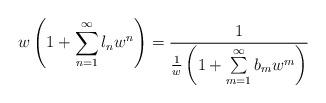
LaTeX: \begin{gather*}w\left(1+\sum\limits_{n=1}^{\infty}l_nw^n\right)=\frac{1}{\frac{1}{w}\left(1+\sum\limits_{m=1}^{\infty}b_mw^{m}\right)}\end{gather*}